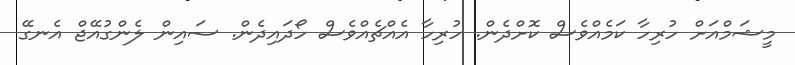
މީޝަމްއަށް ހުރިހާ ކަމެއްވެސް ކޮށްދެން. ހުރިހާ އެއްޗެއްވެސް ހޯދައިދެން. ސައިން ލެންގުއޭޖް އެނގޭ